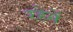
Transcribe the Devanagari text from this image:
रहेनें